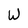
Character: W